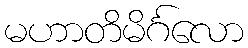
မဟာတိမိင်္ဂလော